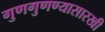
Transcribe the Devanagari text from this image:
गुणगुणण्यासारखी